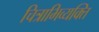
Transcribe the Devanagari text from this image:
चित्राभिव्यक्ति